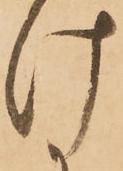
け